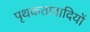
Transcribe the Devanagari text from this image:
पृथकतावादियों